Annual statistical returns and brief notes on vaccination in Bengal - 1909-1929
Year: 1909
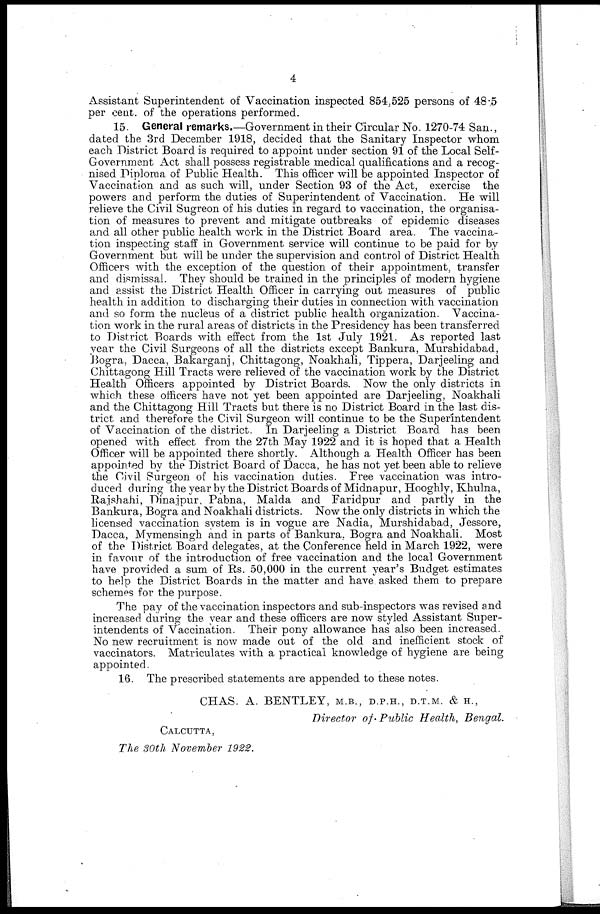
4
Assistant Superintendent of Vaccination inspected 854,525 persons of 48.5
per cent. of the operations performed.
15. General remarks.—Government in their Circular No. 1270-74 San.,
dated the 3rd December 1918, decided that the Sanitary Inspector whom
each District Board is required to appoint under section 91 of the Local Self¬
Government Act shall possess registrable medical qualifications and a recog-
nised Diploma of Public Health. This officer will be appointed Inspector of
Vaccination and as such will, under Section 93 of the Act, exercise the
powers and perform the duties of Superintendent of Vaccination. He will
relieve the Civil Sugreon of his duties in regard to vaccination, the organisa-
tion of measures to prevent and mitigate outbreaks of epidemic diseases
and all other public health work in the District Board area. The vaccina-
tion inspecting staff in Government service will continue to be paid for by
Government but will be under the supervision and control of District Health
Officers with the exception of the question of their appointment, transfer
and dismissal. They should be trained in the principles of modern hygiene
and assist the District Health Officer in carrying out measures of public
health in addition to discharging their duties in connection with vaccination
and so form the nucleus of a district public health organization. Vaccina-
tion work in the rural areas of districts in the Presidency has been transferred
to District Boards with effect from the 1st July 1921. As reported last
year the Civil Surgeons of all the districts except Bankura, Murshidabad,
Bogra, Dacca, Bakarganj, Chittagong, Noakhali, Tippera, Darjeeling and
Chittagong Hill Tracts were relieved of the vaccination work by the District
Health Officers appointed by District Boards. Now the only districts in
which these officers have not yet been appointed are Darjeeling, Noakhali
and the Chittagong Hill Tracts but there is no District Board in the last dis-
trict and therefore the Civil Surgeon will continue to be the Superintendent
of Vaccination of the district. In Darjeeling a District Board has been
opened with effect from the 27th May 1922 and it is hoped that a Health
Officer will be appointed there shortly. Although a Health Officer has been
appointed by the District Board of Dacca, he has not yet been able to relieve
the Civil Surgeon of his vaccination duties. Free vaccination was intro-
duced during the year by the District Boards of Midnapur, Hooghly, Khulna,
Rajshahi, Dinajpur, Pabna, Malda and Faridpur and partly in the
Bankura, Bogra and Noakhali districts. Now the only districts in which the
licensed vaccination system is in vogue are Nadia, Murshidabad, Jessore,
Dacca, Mymensingh and in parts of Bankura, Bogra and Noakhali. Most
of the District Board delegates, at the Conference held in March 1922, were
in favour of the introduction of free vaccination and the local Government
have provided a sum of Rs. 50,000 in the current year's Budget estimates
to help the District Boards in the matter and have asked them to prepare
schemes for the purpose.
The pay of the vaccination inspectors and sub-inspectors was revised and
increased during the year and these officers are now styled Assistant Super-
intendents of Vaccination. Their pony allowance has also been increased.
No new recruitment is now made out of the old and inefficient stock of
vaccinators. Matriculates with a practical knowledge of hygiene are being
appointed.
16. The prescribed statements are appended to these notes.
CHAS. A. BENTLEY, M.B., D.P.H., D.T.M. & H.,
Director of Public Health, Bengal.
CALCUTTA,
The 30th November 1922.